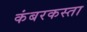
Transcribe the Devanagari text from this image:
कंबरकस्ता